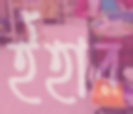
ইঁহার